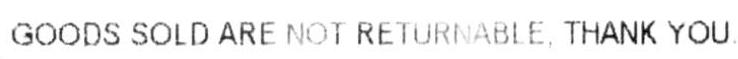
GOODS SOLD ARE NOT RETURNABLE, THANK YOU.